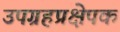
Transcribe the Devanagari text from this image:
उपग्रहप्रक्षेपक